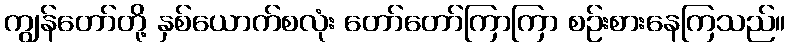
ကျွန်တော်တို့ နှစ်ယောက်စလုံး တော်တော်ကြာကြာ စဉ်းစားနေကြသည်။